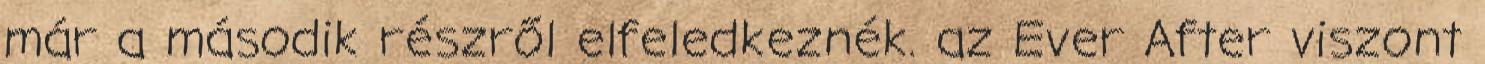
már a második részről elfeledkeznék. az Ever After viszont